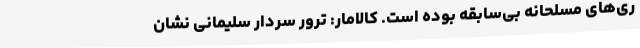
ری‌های مسلحانه بی‌سابقه بوده است. کالامار: ترور سردار سلیمانی نشان